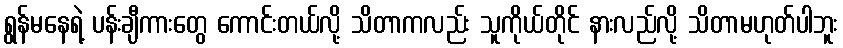
ရွန်မနေရဲ့ ပန်းချီကားတွေ ကောင်းတယ်လို့ သိတာကလည်း သူကိုယ်တိုင် နားလည်လို့ သိတာမဟုတ်ပါဘူး